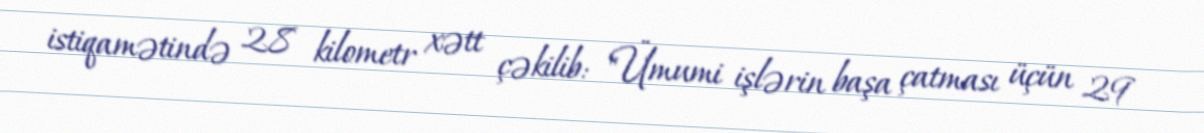
istiqamətində 28 kilometr xətt çəkilib: "Ümumi işlərin başa çatması üçün 29